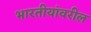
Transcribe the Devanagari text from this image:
भारतीयांवरील